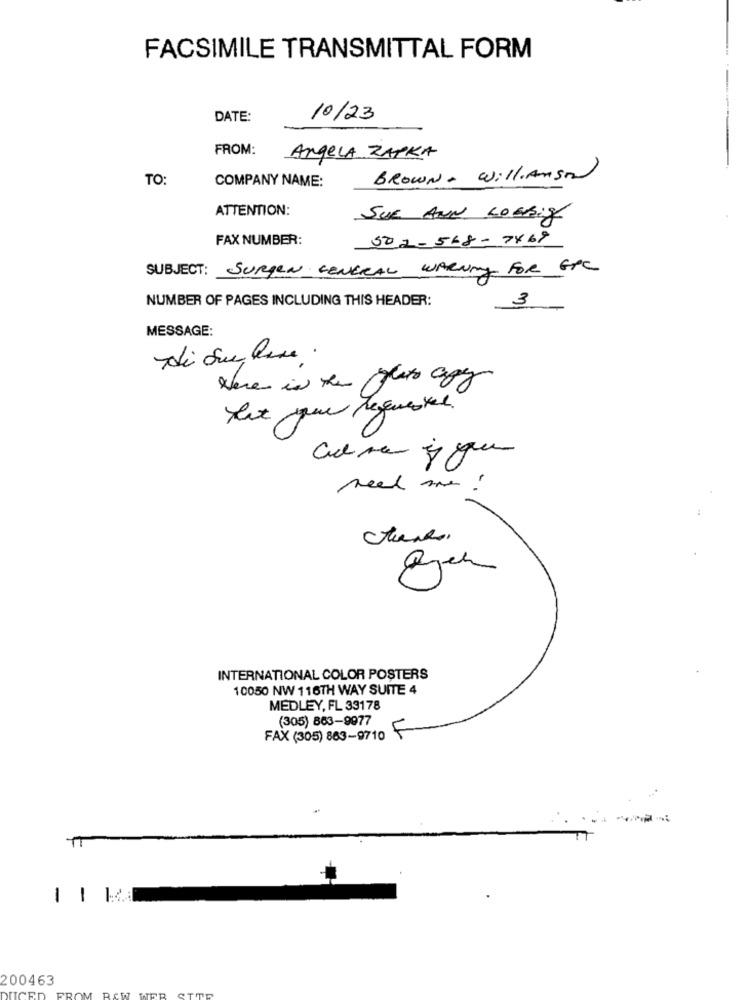
FACSIMILE TRANSMITTAL FORM
DATE:
10/23
FROM:
AngeLA ZAPKA
TO:
COMPANY NAME:
BROWN . Williamson
ATTENTION:
SUE ANN LOSBig
FAX NUMBER:
502-568-7869
SUBJECT: SURgen GENERAL WARNny FOR GPC
NUMBER OF PAGES INCLUDING THIS HEADER:
3
MESSAGE:
Here in the plats agy
Hat que regnestel.
read me.
INTERNATIONAL COLOR POSTERS
10050 NW 116TH WAY SUITE 4
MEDLEY, FL 33178
(305) 863-9977
F
FAX (305) 863-9710
-
200463
OM